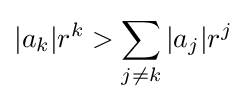
|a_{k}|r^{k}>\sum _{j\neq k}|a_{j}|r^{j}